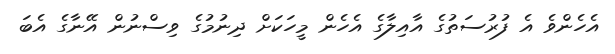
އެހެންވެ އެ ފުރުސަތުގެ އާއިލާގެ އެހެން މީހަކަށް ދިނުމުގެ ވިސްނުން އޭނާގެ އެބަ